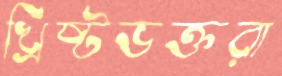
খ্রিষ্টভক্তরা